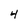
Character: 4